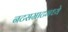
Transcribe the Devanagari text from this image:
नटसम्राटमध्ये